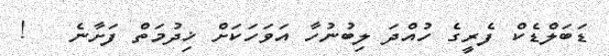
ޑަބަލްޑެކް ފެރީގެ ހުއްދަ ލިބުނުހާ އަވަހަކަށް ޚިދުމަތް ފަށާނެ   !